Regulations for the medical services of the Army of India
Year: 1930
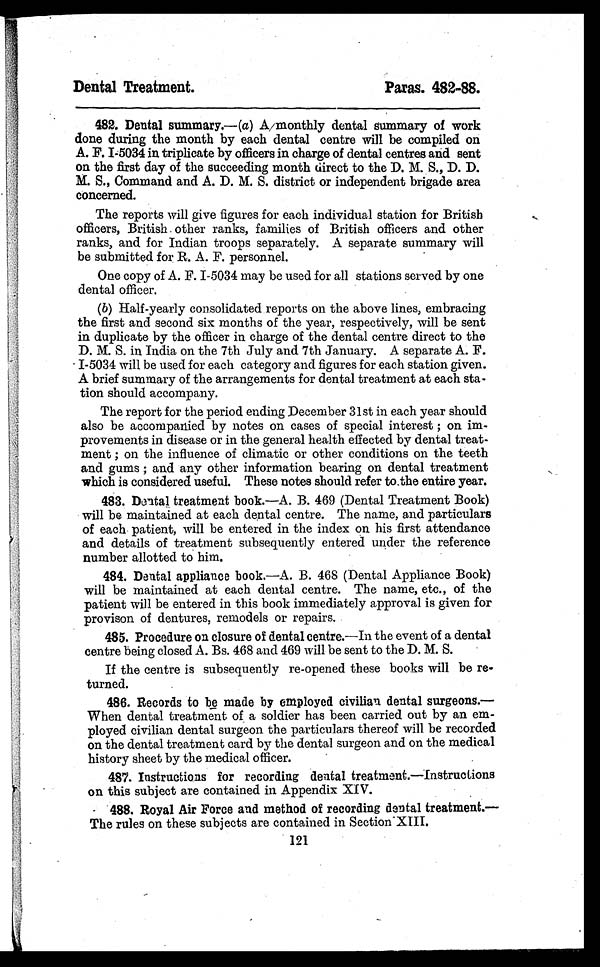
Dental Treatment.
Paras. 482-88.
482. Dental summary.—(a) A monthly dental summary of work
done during the month by each dental centre will be compiled on
A. F. I-5034 in triplicate by officers in charge of dental centres and sent
on the first day of the succeeding month direct to the D. M. S., D. D.
M. S., Command and A. D. M. S. district or independent brigade area
concerned.
The reports will give figures for each individual station for British
officers, British other ranks, families of British officers and other
ranks, and for Indian troops separately. A separate summary will
be submitted for R. A. F. personnel.
One copy of A. F. I-5034 may be used for all stations served by one
dental officer.
(b) Half-yearly consolidated reports on the above lines, embracing
the first and second six months of the year, respectively, will be sent
in duplicate by the officer in charge of the dental centre direct to the
D. M. S. in India on the 7th July and 7th January. A separate A. F.
I-5034 will be used for each category and figures for each station given.
A brief summary of the arrangements for dental treatment at each sta-
tion should accompany.
The report for the period ending December 31st in each year should
also be accompanied by notes on cases of special interest ; on im-
provements in disease or in the general health effected by dental treat-
ment ; on the influence of climatic or other conditions on the teeth
and gums ; and any other information bearing on dental treatment
which is considered useful. These notes should refer to the entire year.
483. Dental treatment book. —A. B. 469 (Dental Treatment Book)
will be maintained at each dental centre. The name, and particulars
of each patient, will be entered in the index on his first attendance
and details of treatment subsequently entered under the reference
number allotted to him.
484. Dental appliance book. —A. B. 468 (Dental Appliance Book)
will be maintained at each dental centre. The name, etc., of the
patient will be entered in this book immediately approval is given for
provison of dentures, remodels or repairs.
485. Procedure on closure of dental centre. —In the event of a dental
centre being closed A. Bs. 468 and 469 will be sent to the D. M. S.
If the centre is subsequently re-opened these books will be re-
turned.
486. Records to be made by employed civilian dental surgeons.
— W h e n d e n t a l t r e a t m e n t o f a s o l d i e r h a s b e e n c a r r i e d o u t b y a n e m -
ployed civilian dental surgeon the particulars thereof will be recorded
on the dental treatment card by the dental surgeon and on the medical
history sheet by the medical officer.
487. Instructions for recording dental treatment. —Instructions
on this subject are contained in Appendix XIV.
488. Royal Air Force and method of recording dental treatment.—
The rules on these subjects are contained in Section XIII.
121